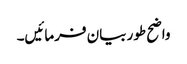
واضح طور بیان فرمائیں۔